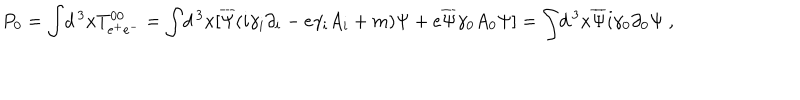
P _ { 0 } = \int \! d \, ^ { 3 } x T _ { e ^ { + } e ^ { - } } ^ { 0 0 } = \int \! d \, ^ { 3 } x [ \overline { { { \Psi } } } ( i \gamma _ { i } \partial _ { i } - e \gamma _ { i } A _ { i } + m ) \Psi + e \overline { { { \Psi } } } \gamma _ { 0 } A _ { 0 } \Psi ] = \int \! d \, ^ { 3 } x \overline { { { \Psi } } } i \gamma _ { 0 } \partial _ { 0 } \Psi \ ,